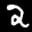
Label: 2